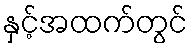
နှင့်အထက်တွင်